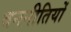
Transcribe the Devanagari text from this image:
वननीतियों